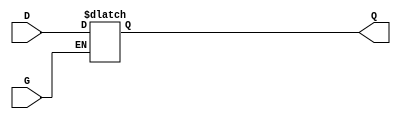
module gated_latch (
    input wire D,   // Data input
    input wire G,   // Gate (enable) signal
    output reg Q    // Output
);

// Always block for level-sensitive behavior
always @(*) begin
    if (G) begin
        // When G is high, Q follows D
        Q = D;
    end
    // When G is low, Q retains its last value (latch behavior)
end

endmodule